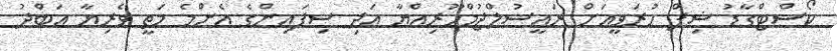
ކޯސްޓްގާޑު ޝިޕް ހުރަވީއަށް ރައީސުލްޖުމްހޫރިއްޔާ އަދި ސިފައިންގެ އެންމެ މަތީ ވެރިޔާ ޢަބްދު